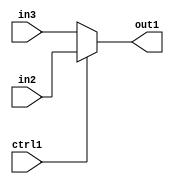
`timescale 1ps / 1ps
/*****************************************************************************
    Verilog RTL Description
    
    
    Created by: Stratus DpOpt 2019.1.01 
*******************************************************************************/

module ColorTransform_N_Muxb_1_2_0_4 (
	in3,
	in2,
	ctrl1,
	out1
	); /* architecture "behavioural" */ 
input  in3,
	in2,
	ctrl1;
output  out1;
wire  asc001;

reg [0:0] asc001_tmp_0;
assign asc001 = asc001_tmp_0;
always @ (ctrl1 or in2 or in3) begin
	case (ctrl1)
		1'B1 : asc001_tmp_0 = in2 ;
		default : asc001_tmp_0 = in3 ;
	endcase
end

assign out1 = asc001;
endmodule

/* CADENCE  uLH2Tgs= : u9/ySgnWtBlWxVPRXgAZ4Og= ** DO NOT EDIT THIS LINE ******/